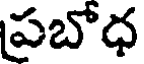
ప్రబోధ